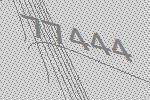
77444